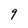
Character: 9